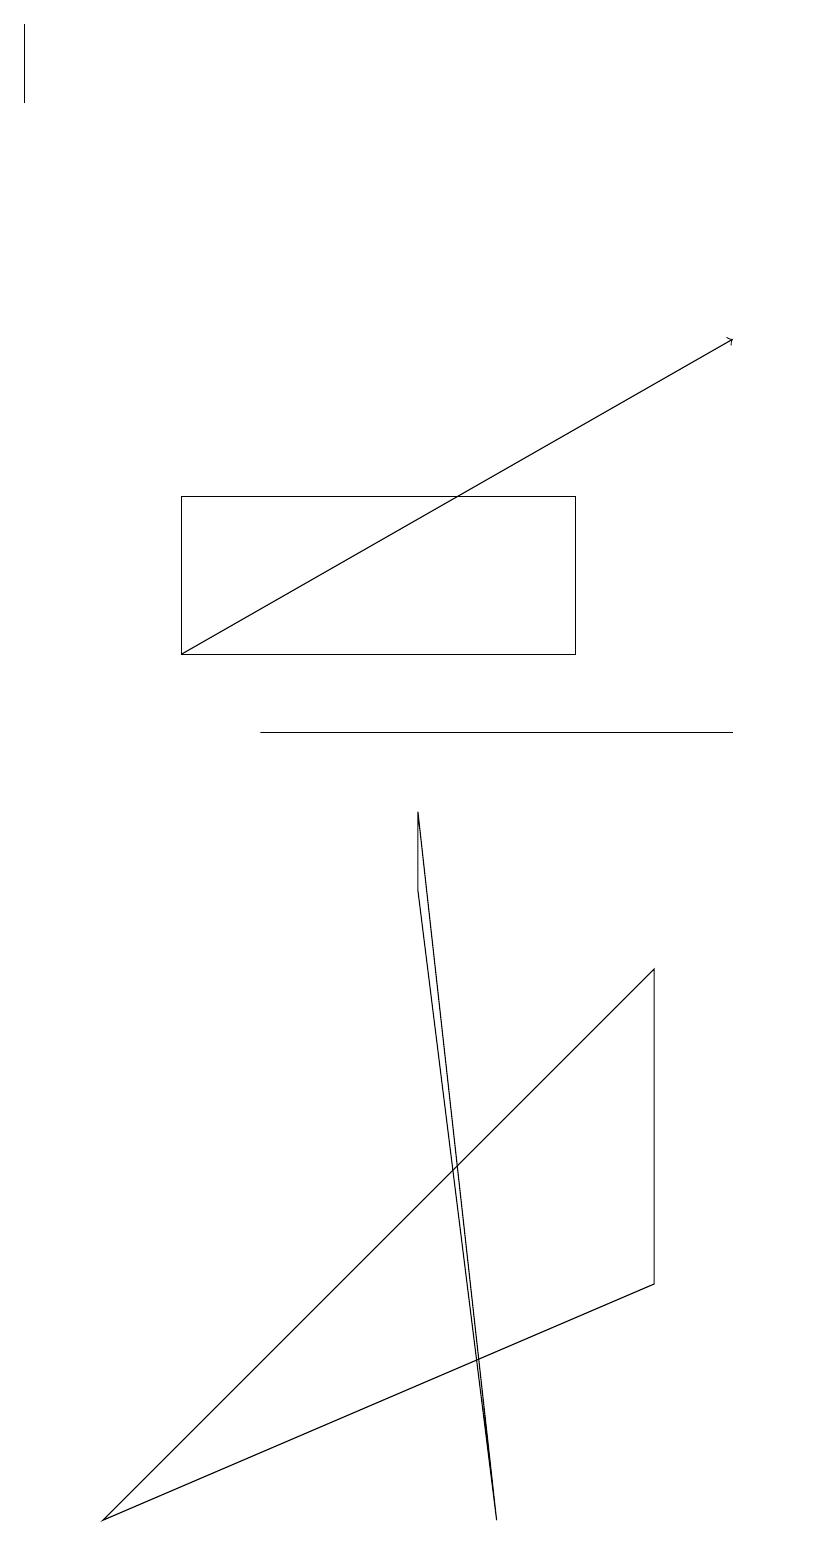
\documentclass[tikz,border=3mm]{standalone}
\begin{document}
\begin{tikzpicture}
\draw (2,11) rectangle (7,13);
\draw (0,18) rectangle (0,19);
\draw (9,10) rectangle (3,10);
\draw (5,8) -- (5,9) -- (6,0) -- cycle;
\draw[->] (2,11) -- (9,15);
\draw (8,3) -- (1,0) -- (8,7) -- cycle;
\draw (10,11) circle (0);
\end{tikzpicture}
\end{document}